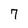
Character: 7